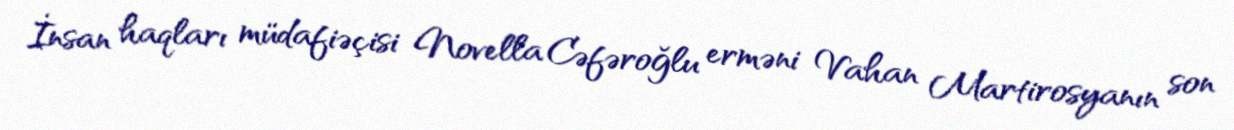
İnsan haqları müdafiəçisi Novella Cəfəroğlu erməni Vahan Martirosyanın son